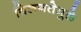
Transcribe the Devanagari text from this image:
विलगतेमुळे